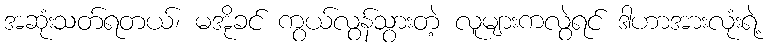
အဆုံးသတ်ရတယ်၊ မအိုခင် ကွယ်လွန်သွားတဲ့ လူများကလွဲရင် ဒါဟာအားလုံးရဲ့